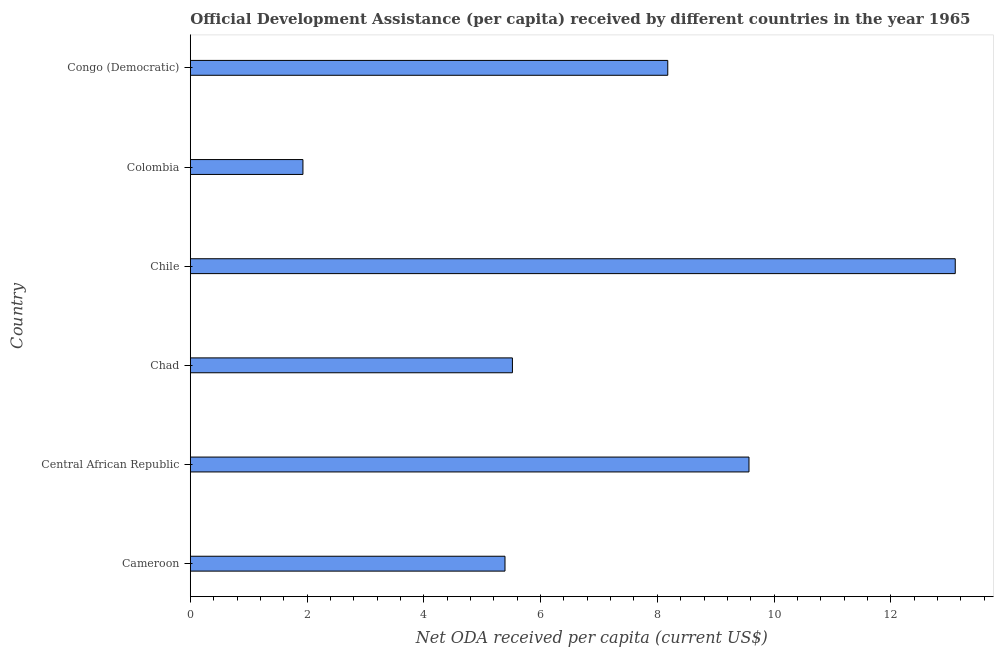
| Country | Net ODA received per capita |
 | --- | --- |
 | Cameroon | 5.39 |
 | Central African Republic | 9.57 |
 | Chad | 5.52 |
 | Chile | 13.1 |
 | Colombia | 1.93 |
 | Congo (Democratic) | 8.18 |